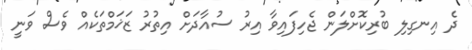
ދެ އިނގިލި ބުރިކޮށްލަން ޖެހިފައިވާ އިރު ސުއާދަށް އިތުރު ޒަޚަމްތަކެއް ވެސް ވަނީ